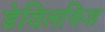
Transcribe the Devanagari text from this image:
डेविलफिश